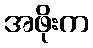
အဖိုးက